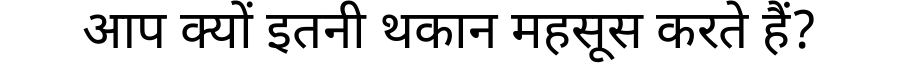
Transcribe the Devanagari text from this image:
आप क्यों इतनी थकान महसूस करते हैं?